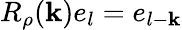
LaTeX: R_{\rho}(\mathbf{k})e_{l}=e_{l-\mathbf{k}}